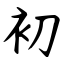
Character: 初